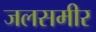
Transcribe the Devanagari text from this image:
जलसमीर